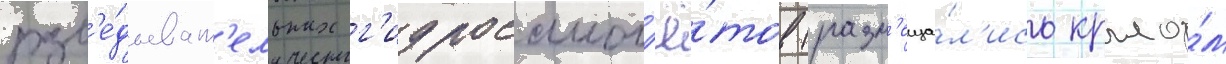
разв'е́дыват'ельных г'идросамол'ё́тов (разм'еща́л'ись крыло́м